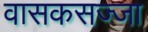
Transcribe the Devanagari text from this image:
वासकसज्जा